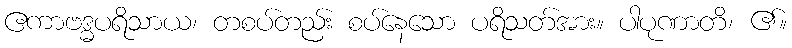
ဧကာဗဒ္ဓပရိသာယ၊ တစပ်တည်း စပ်နေသော ပရိသတ်အား။ ပါပုဏာတိ၊ ၏။